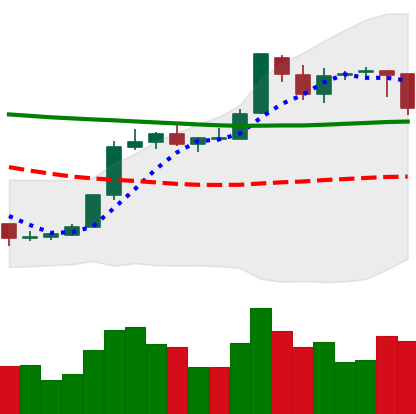
Ticker: BTC-USD
Chart end date: 2018-07-31
Forward return: -9.151%
Label: down_7plus